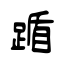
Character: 踲